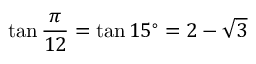
\tan { \frac { \pi } { 1 2 } } = \tan 1 5 ^ { \circ } = 2 - { \sqrt { 3 } }